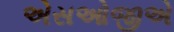
એસઓજીએ